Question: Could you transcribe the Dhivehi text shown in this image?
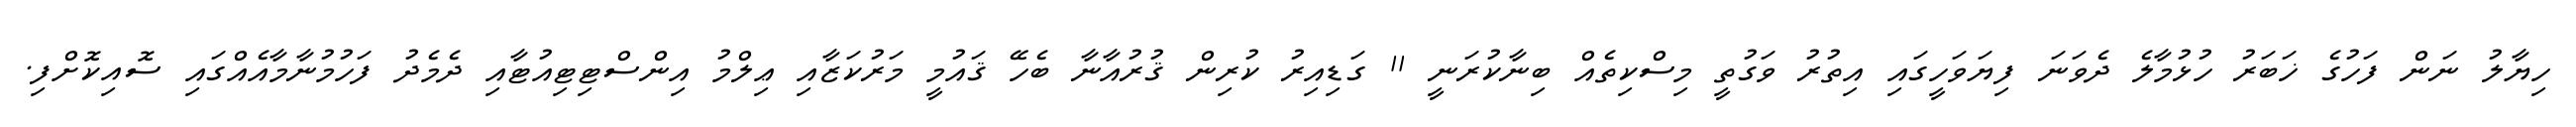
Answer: ހިޔާލު ނަން ފަހުގެ ޚަބަރު ހުޅުމާލެ ދެވަނަ ފިޔަވަހީގައި އިތުރު ވަގުތީ މިސްކިތެއް ބިނާކުރަނީ 11 ގަޑިއިރު ކުރިން ޤުރުއާނާ ބެހޭ ޤައުމީ މަރުކަޒާއި ޢިލްމު އިންސްޓިޓިއުޓާއި ދެމެދު ފަހުމުނާމާއެއްގައި ސޮއިކޮށްފި.